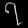
Digit: ၇